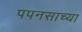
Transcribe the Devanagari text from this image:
पपनसाच्या